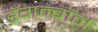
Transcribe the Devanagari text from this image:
ड्रॅगन्बॉर्न